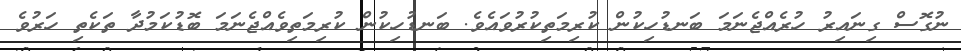
ނުގޮސް ގިނައިރު ހުރެއްޖެނަމަ ބަނޑުހިކުން ކުރިމަތިކުރުވައެވެ. ބަނޑުހިކުން ކުރިމަތިވެއްޖެނަމަ ބޮޑުކަމުދާ ތަކެތި ހަރުވެ